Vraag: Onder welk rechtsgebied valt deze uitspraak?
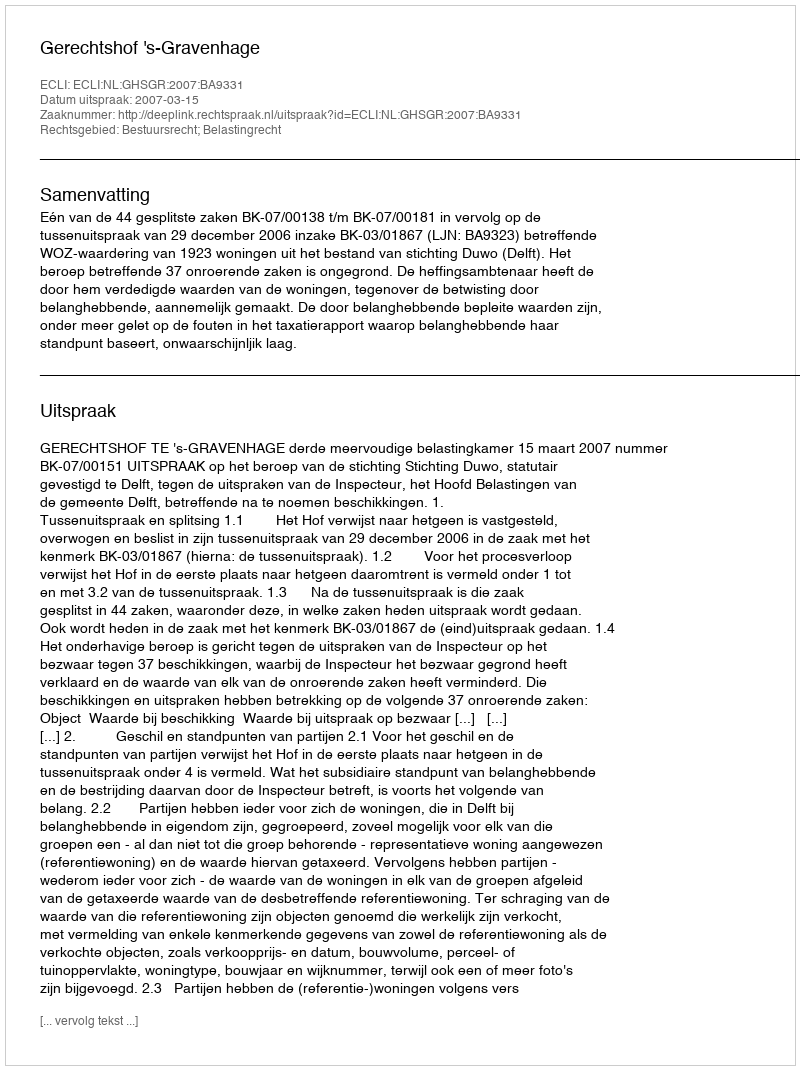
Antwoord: Bestuursrecht; Belastingrecht